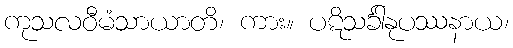
ကုသလဝီမံသာယာတိ၊ ကား။ ပဋိသင်္ခါနုပဿနာယ၊